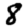
Digit: 8